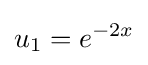
u_{1}=e^{-2x}